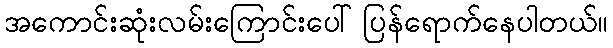
အကောင်းဆုံးလမ်းကြောင်းပေါ်ပြန်ရောက်နေပါတယ်။